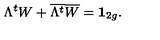
\Lambda ^ { t } W + { \overline { { \Lambda ^ { t } } } } { \overline { { W } } } = { \bf { 1 } } _ { 2 g } .